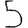
Digit: 5